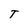
Character: T